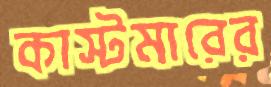
কাস্টমারের